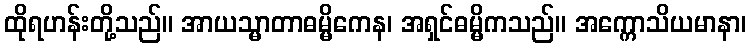
ထိုရဟန်းတို့သည်။ အာယသ္မာတာဓမ္မိကေန၊ အရှင်ဓမ္မိကသည်။ အက္ကောသိယမာနာ၊